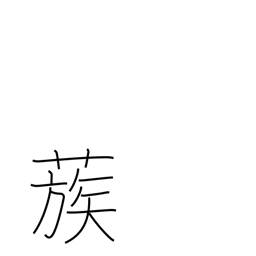
Meaning: gather together